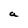
Character: a